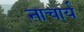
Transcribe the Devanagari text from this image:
नाचार्य